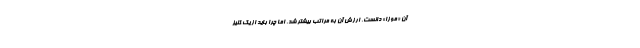
آن «موزا» دانست، ارزش آن به مراتب بیشتر شد. اما چرا باید از یک کنیز